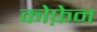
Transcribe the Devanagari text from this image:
कोफ़ेन